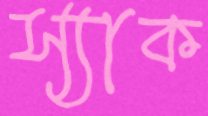
স্যাক